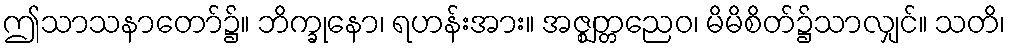
ဤသာသနာတော်၌။ ဘိက္ခုနော၊ ရဟန်းအား။ အဇ္ဈတ္တညေဝ၊ မိမိစိတ်၌သာလျှင်။ သတိ၊